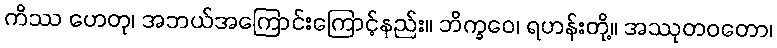
ကိဿ ဟေတု၊ အဘယ်အကြောင်းကြောင့်နည်း။ ဘိက္ခဝေ၊ ရဟန်းတို့။ အဿုတဝတော၊